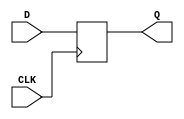
module myDFF (output reg Q, input CLK, D);
	parameter [0:0] INIT = 1'b0;
	initial Q = INIT;
	always @(posedge CLK)
		Q <= D;
endmodule

module myDFFE (output reg Q, input D, CLK, CE);
	parameter [0:0] INIT = 1'b0;
	initial Q = INIT;
	always @(posedge CLK) begin
		if (CE)
			Q <= D;
	end
endmodule // DFFE (positive clock edge; clock enable)


module myDFFS (output reg Q, input D, CLK, SET);
	parameter [0:0] INIT = 1'b1;
	initial Q = INIT;
	always @(posedge CLK) begin
		if (SET)
			Q <= 1'b1;
		else
			Q <= D;
	end
endmodule // DFFS (positive clock edge; synchronous set)


module myDFFSE (output reg Q, input D, CLK, CE, SET);
	parameter [0:0] INIT = 1'b1;
	initial Q = INIT;
	always @(posedge CLK) begin
		if (SET)
			Q <= 1'b1;
		else if (CE)
			Q <= D;
end
endmodule // DFFSE (positive clock edge; synchronous set takes precedence over clock enable)


module myDFFR (output reg Q, input D, CLK, RESET);
	parameter [0:0] INIT = 1'b0;
	initial Q = INIT;
	always @(posedge CLK) begin
		if (RESET)
			Q <= 1'b0;
		else
			Q <= D;
	end
endmodule // DFFR (positive clock edge; synchronous reset)


module myDFFRE (output reg Q, input D, CLK, CE, RESET);
	parameter [0:0] INIT = 1'b0;
	initial Q = INIT;
	always @(posedge CLK) begin
		if (RESET)
			Q <= 1'b0;
		else if (CE)
			Q <= D;
	end
endmodule // DFFRE (positive clock edge; synchronous reset takes precedence over clock enable)


module myDFFP (output reg Q, input D, CLK, PRESET);
	parameter [0:0] INIT = 1'b1;
	initial Q = INIT;
	always @(posedge CLK or posedge PRESET) begin
		if(PRESET)
			Q <= 1'b1;
		else
			Q <= D;
	end
endmodule // DFFP (positive clock edge; asynchronous preset)


module myDFFPE (output reg Q, input D, CLK, CE, PRESET);
	parameter [0:0] INIT = 1'b1;
	initial Q = INIT;
	always @(posedge CLK or posedge PRESET) begin
		if(PRESET)
			Q <= 1'b1;
		else if (CE)
			Q <= D;
	end
endmodule // DFFPE (positive clock edge; asynchronous preset; clock enable)


module myDFFC (output reg Q, input D, CLK, CLEAR);
	parameter [0:0] INIT = 1'b0;
	initial Q = INIT;
	always @(posedge CLK or posedge CLEAR) begin
		if(CLEAR)
			Q <= 1'b0;
		else
			Q <= D;
	end
endmodule // DFFC (positive clock edge; asynchronous clear)


module myDFFCE (output reg Q, input D, CLK, CE, CLEAR);
	parameter [0:0] INIT = 1'b0;
	initial Q = INIT;
	always @(posedge CLK or posedge CLEAR) begin
		if(CLEAR)
			Q <= 1'b0;
		else if (CE)
			Q <= D;
	end
endmodule // DFFCE (positive clock edge; asynchronous clear; clock enable)


module myDFFN (output reg Q, input CLK, D);
	parameter [0:0] INIT = 1'b0;
	initial Q = INIT;
	always @(negedge CLK)
		Q <= D;
endmodule

module myDFFNE (output reg Q, input D, CLK, CE);
	parameter [0:0] INIT = 1'b0;
	initial Q = INIT;
	always @(negedge CLK) begin
		if (CE)
			Q <= D;
	end
endmodule // DFFNE (negative clock edge; clock enable)


module myDFFNS (output reg Q, input D, CLK, SET);
	parameter [0:0] INIT = 1'b1;
	initial Q = INIT;
	always @(negedge CLK) begin
		if (SET)
			Q <= 1'b1;
		else
			Q <= D;
	end
endmodule // DFFNS (negative clock edge; synchronous set)


module myDFFNSE (output reg Q, input D, CLK, CE, SET);
	parameter [0:0] INIT = 1'b1;
	initial Q = INIT;
	always @(negedge CLK) begin
		if (SET)
			Q <= 1'b1;
		else if (CE)
			Q <= D;
end
endmodule // DFFNSE (negative clock edge; synchronous set takes precedence over clock enable)


module myDFFNR (output reg Q, input D, CLK, RESET);
	parameter [0:0] INIT = 1'b0;
	initial Q = INIT;
	always @(negedge CLK) begin
		if (RESET)
			Q <= 1'b0;
		else
			Q <= D;
	end
endmodule // DFFNR (negative clock edge; synchronous reset)


module myDFFNRE (output reg Q, input D, CLK, CE, RESET);
	parameter [0:0] INIT = 1'b0;
	initial Q = INIT;
	always @(negedge CLK) begin
		if (RESET)
			Q <= 1'b0;
		else if (CE)
			Q <= D;
	end
endmodule // DFFNRE (negative clock edge; synchronous reset takes precedence over clock enable)


module myDFFNP (output reg Q, input D, CLK, PRESET);
	parameter [0:0] INIT = 1'b1;
	initial Q = INIT;
	always @(negedge CLK or posedge PRESET) begin
		if(PRESET)
			Q <= 1'b1;
		else
			Q <= D;
	end
endmodule // DFFNP (negative clock edge; asynchronous preset)


module myDFFNPE (output reg Q, input D, CLK, CE, PRESET);
	parameter [0:0] INIT = 1'b1;
	initial Q = INIT;
	always @(negedge CLK or posedge PRESET) begin
		if(PRESET)
			Q <= 1'b1;
		else if (CE)
			Q <= D;
	end
endmodule // DFFNPE (negative clock edge; asynchronous preset; clock enable)


module myDFFNC (output reg Q, input D, CLK, CLEAR);
	parameter [0:0] INIT = 1'b0;
	initial Q = INIT;
	always @(negedge CLK or posedge CLEAR) begin
		if(CLEAR)
			Q <= 1'b0;
		else
			Q <= D;
	end
endmodule // DFFNC (negative clock edge; asynchronous clear)


module myDFFNCE (output reg Q, input D, CLK, CE, CLEAR);
	parameter [0:0] INIT = 1'b0;
	initial Q = INIT;
	always @(negedge CLK or posedge CLEAR) begin
		if(CLEAR)
			Q <= 1'b0;
		else if (CE)
			Q <= D;
	end
endmodule // DFFNCE (negative clock edge; asynchronous clear; clock enable)